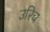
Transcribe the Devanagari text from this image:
उरिच